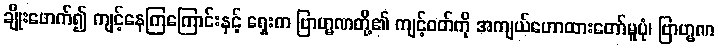
ချိုးဖောက်၍ ကျင့်နေကြကြောင်းနှင့် ရှေးက ဗြာဟ္မဏတို့၏ ကျင့်ဝတ်ကို အကျယ်ဟောထားတော်မူပုံ၊ ဗြာဟ္မဏ